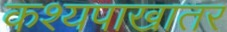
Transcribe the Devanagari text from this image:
कश्यपाखातर